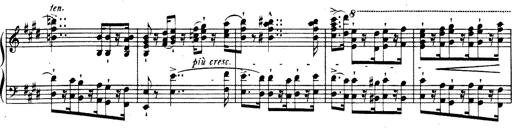
Title: Rhapsodie espagnole
Composer: Franz Liszt